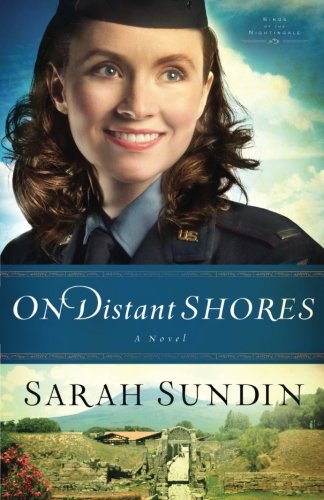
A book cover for On Distant Shores: A Novel (Wings of the Nightingale) (Volume 2); Sarah Sundin; Romance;